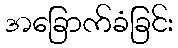
အခြောက်ခံခြင်း